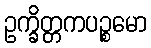
ဥက္ခိတ္တကပဉ္စမော